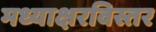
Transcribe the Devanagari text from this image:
मध्याक्षरविस्तर